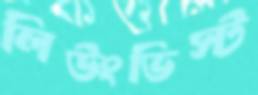
লিউংভিস্ট